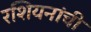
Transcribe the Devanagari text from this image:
रशियनांची